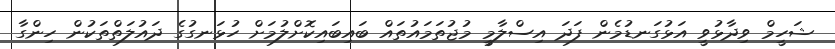
ޝަހީމް ވިދާޅުވީ އަޅުގަނޑުމެން ފަދަ އިސްލާމީ މުޖުތަމައުތައް ބައިބައިކޮށްލުމަށް ހުޅަނގުގެ ދައުލަތްތަކުން ހިންގާ